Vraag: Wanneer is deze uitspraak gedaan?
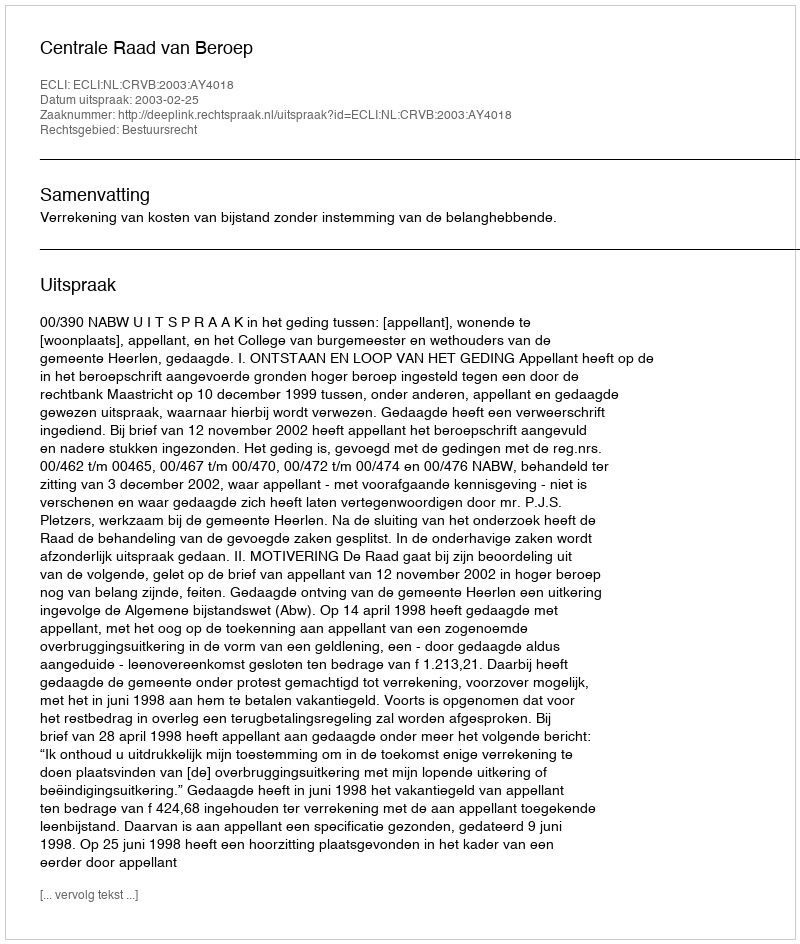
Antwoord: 2003-02-25